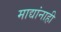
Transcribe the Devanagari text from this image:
माद्यांनाही